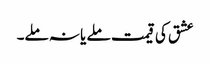
عشق کی قیمت ملے یا نہ ملے۔